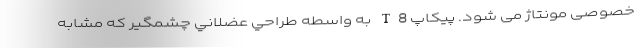
خصوصی مونتاژ می شود. پيكاپ T8 به واسطه طراحي عضلاني چشمگير که مشابه